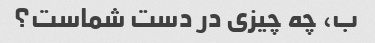
ب، چه چیزی در دست شماست؟